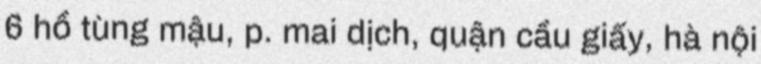
6 hồ tùng mậu, p. mai dịch, quận cầu giấy, hà nội